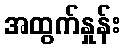
အထွက်နှုန်း